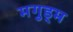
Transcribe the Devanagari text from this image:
मगुड्म